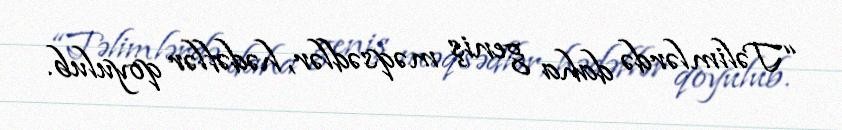
“Təlimlərdə daha geniş məqsədlər, hədəflər qoyulub.